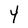
Character: Y